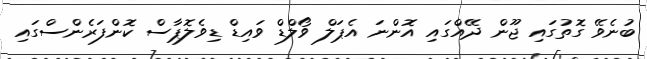
ބުނެވޭ ގޮތުގައި ޖޫން ދޭއްގައި އޮންނަ އެޕަލް ވޯލްޑް ވައިޑް ޑިވެލޮޕާސް ކޮންފަރެންސްގައި